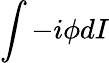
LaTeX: \int-i\phi dI